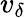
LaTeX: v_{\delta}